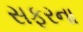
સફરના